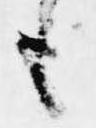
も